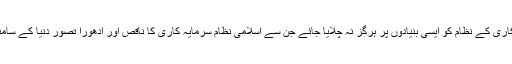
اسلامی بینکاری کے نظام کو ایسی بنیادوں پر ہرگز نہ چلایا جائے جن سے اسلامی نظام سرمایہ کاری کا ناقص اور ادھورا تصور دنیا کے سامنے پیش ہو۔